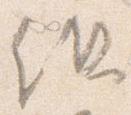
但